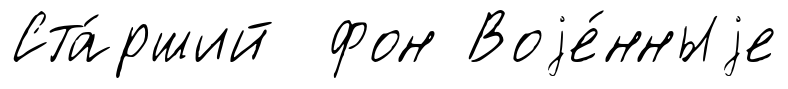
Ста́рший фон Воjе́нныjе